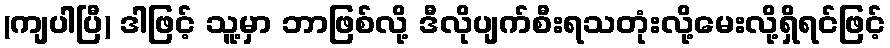
(ကျပါပြီ) ဒါဖြင့် သူ့မှာ ဘာဖြစ်လို့ ဒီလိုပျက်စီးရသတုံးလို့မေးလို့ရှိရင်ဖြင့်